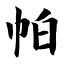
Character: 帕